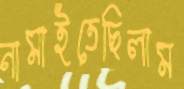
নামাইতেছিলাম